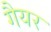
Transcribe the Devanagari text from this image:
गैयर